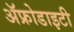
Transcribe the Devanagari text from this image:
ॲफ्रोडाइटी